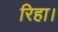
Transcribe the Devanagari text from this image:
रिहा।